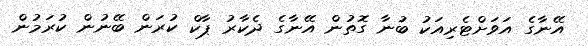
އޭނާގެ އަވަށްޓެރިއަކު ބުނާ ގޮތުން އޭނާގެ ދެކާރު ޕާކް ކުރަން ބޭނުން ކުރަމުން